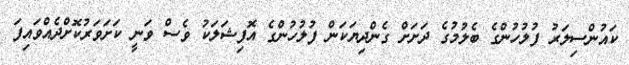
ކައުންސިލަރު ފުލުހުންގެ ބެލުމުގެ ދަށަށް ގެންދިޔަކަން ފުލުހުންގެ އޮފިޝަލަކު ވެސް ވަނީ ކަށަވަރުކޮށްދެއްވައިފަ